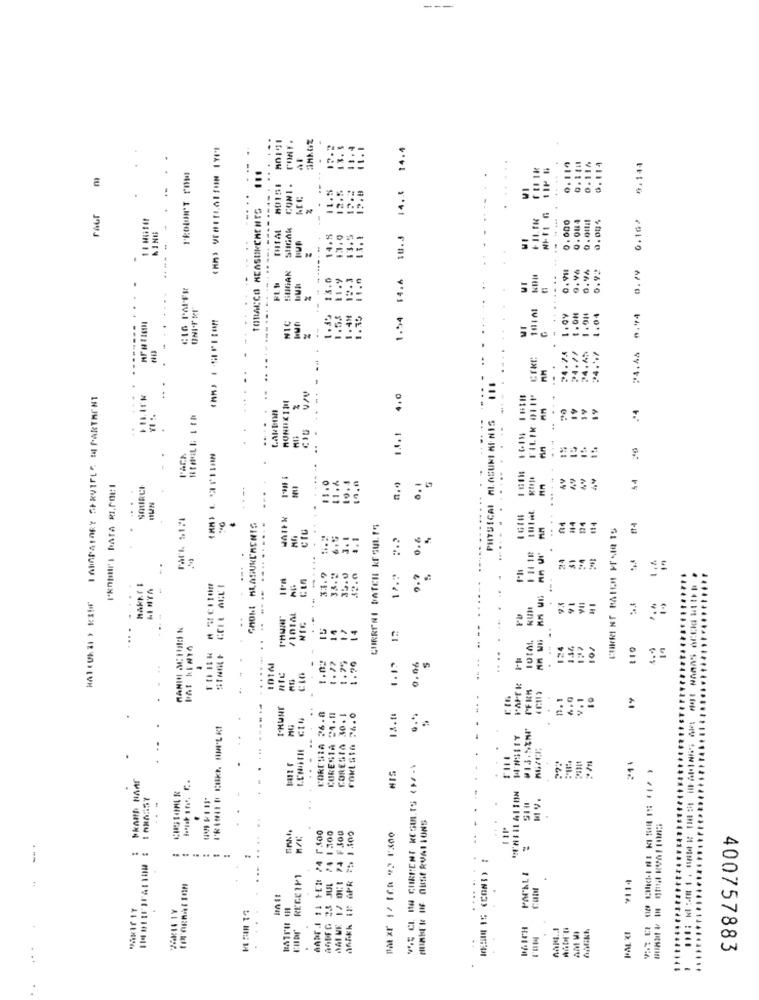
.....
41.1
14.4
13.
114
0.144
PRODON'T POM
CONI .
12.5
12.8
14.4
TOBACCO MEASUREMENTS
Faur
0.084
0.10)
THIA
0.000
KING
14.8
13.0
13.5
10.3
---
.
SUGAR
0.98
0.9%
0.29
11.9
14.3
$4.6
...
CIG PAPER
....
---...
#4.44 0.44
1.55
1.48
1.35
1.54
1.09
1.91
1.04
.......
..
24.17
24.
I ABORATORY SERVIFLE M PARTMENT
4.0
19
19
19
PHYSICAL ALASUKI MINIS
..
....
L'ACA
.
...
11.6
10.4
AV
49
44
SATIRCI
n.º
IWN
#14
CHORE ALASUREMENTS
CURRENI WATCH KESUL.15
14
174
114
....
3. 1
4.1
0.6
.....
.....
in
0. 7
-.
...
7
MANIN ACHIICH N
..
14
14
..
...
124
117
.....
.
1 . 77
1.75
5
1.20
0,06
CIG
PFRM
1.1
v.1
14
-.--------
CORCHIA 26.8
CORESTA 21.11
CORESTA 30.1
Fokt Gin 24.0
.
@13.5 **
..
W'NSIEY
.. .
HIS
VOS CL DA CURRENT RESULTS (M/-
..
.
11⑈
AGFFG 23 JUL /4 1300
MAI WE 1/ OU1 74 FJ00
Dat zr 17 ICA "2 1'300
** IN 1% (COND) :
...
PAPAL I
...........
RECEIPT
9114
BATTAI CHI
DAICH
.
400757883